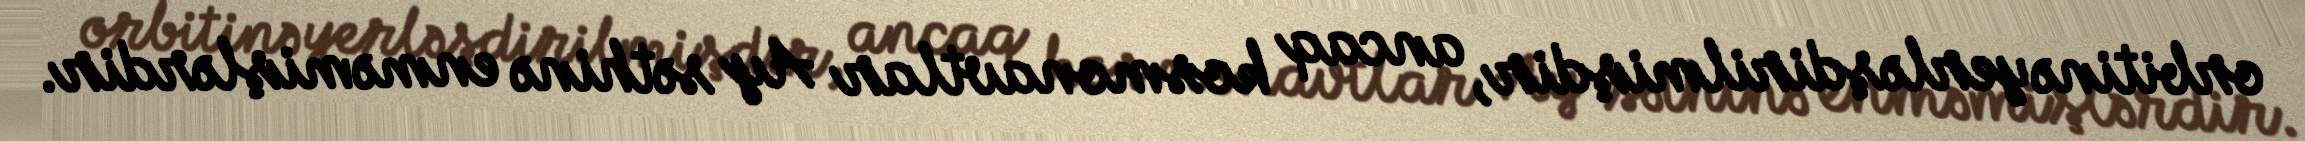
orbitinə yerləşdirilmişdir, ancaq kosmonavtlar Ay səthinə enməmişlərdir.